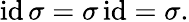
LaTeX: \operatorname{id}\sigma=\sigma\operatorname{id}=\sigma.